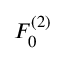
F _ { 0 } ^ { ( 2 ) }